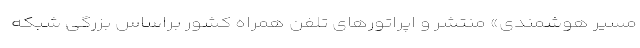
مسیر هوشمندی» منتشر و اپراتورهای تلفن همراه کشور براساس بزرگی شبکه